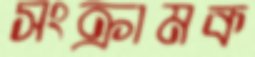
সংক্রামক